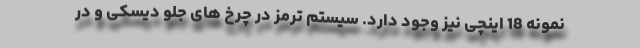
نمونه 18 اینچی نیز وجود دارد. سیستم ترمز در چرخ های جلو دیسکی و در